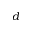
d